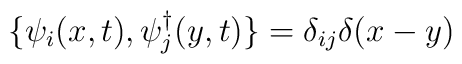
\{ \psi_i(x,t), \psi^{\dagger}_j(y,t) \} = \delta_{ij}\delta(x-y)